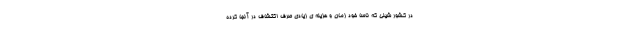
در کشور شیلی که ناسا خود زمان و هزینه ی زیادی صرف اکتشاف در آنجا کرده